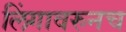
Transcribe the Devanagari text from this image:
लिंगावरुनच